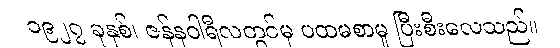
၁၉၂၇ ခုနှစ်၊ ဇန်နဝါရီလတွင်မှ ပထမစာမူ ပြီးစီးလေသည်။